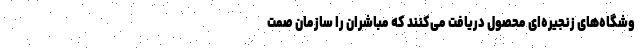
وشگاه‌های زنجیره‌ای محصول دریافت می‌کنند که مباشران را سازمان صمت